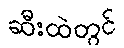
ဆီးထဲတွင်